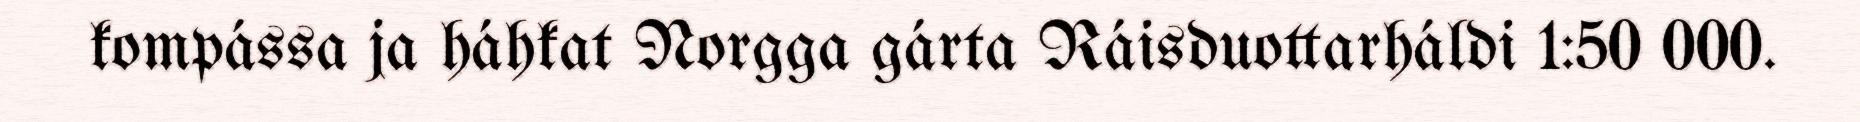
kompássa ja háhkat Norgga gárta Ráisduottarháldi 1:50 000.